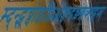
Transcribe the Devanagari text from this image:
म्द्न्द्स्च्वोइद्विओफ्च्न्द्ब्न्च्म्ब्न्व्म्ह्द्स्फ्य्